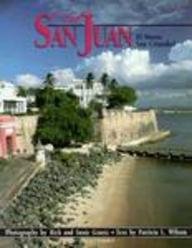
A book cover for Old San Juan; Rick Graetz; Travel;